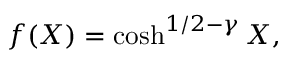
f ( X ) = \cosh ^ { 1 / 2 - \gamma } X ,